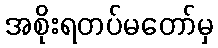
အစိုးရတပ်မတော်မှ